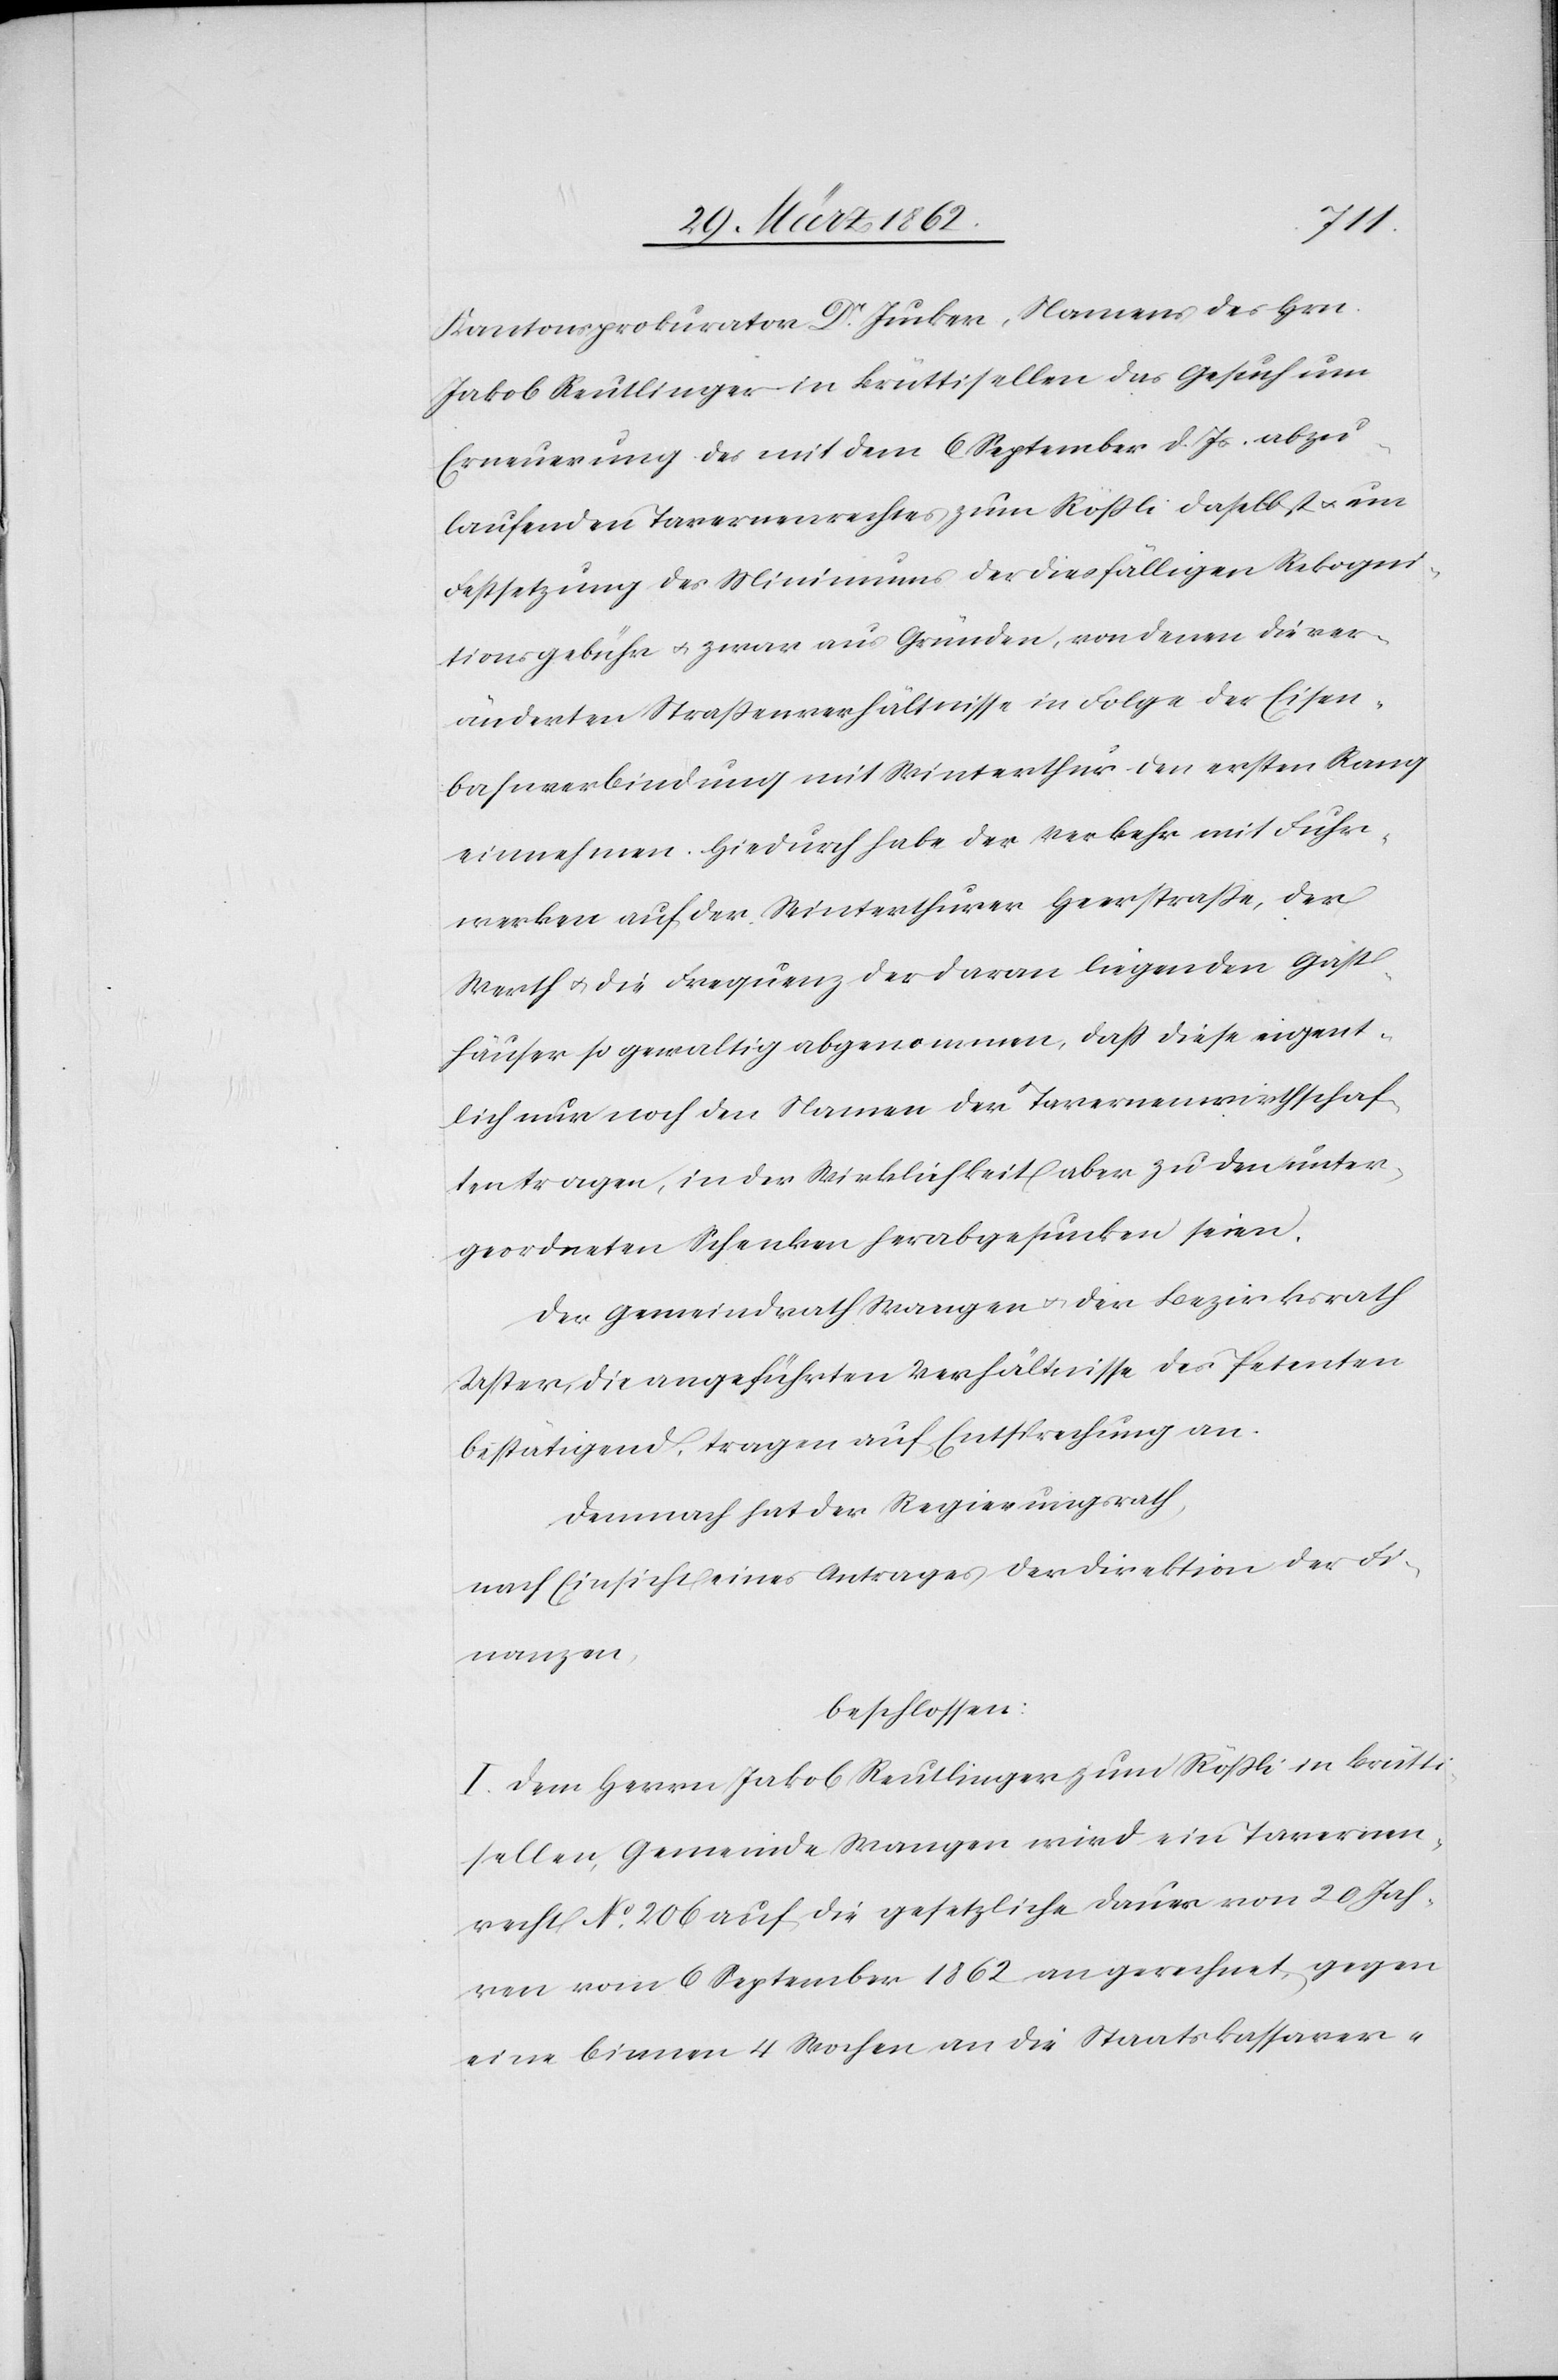
Kantonsprokurator Dr. Jucker, Namens des Hrn.
Jakob Reutlinger in Brüttisellen das Gesuch um
Erneuerung des mit dem 6 September d. Js. abzu¬
laufenden Tavernenrechtes zum Rößli daselbst u. um
Festsetzung des Minimums der diesfälligen Rekogni¬
tionsgebühr u. zwar aus Gründen, von denen die ver¬
änderten Straßenverhältnisse in Folge der Eisen¬
bahnverbindung mit Winterthur den ersten Rang
einnehmen. Hiedurch habe der Verkehr mit Fuhr¬
werken auf der Winterthurer Heerstraße, der
Werth u. die Frequenz der daran liegenden Gast¬
häuser so gewaltig abgenommen, daß diese eigent¬
lich nur noch den Namen der Tavernenwirthschaf¬
ten tragen, in der Wirklichkeit aber zu den unter¬
geordneten Schenken herabgesunken seien.
Der Gemeindrath Wangen u. der Bezirksrath
Uster, die angeführten Verhältnisse des Petenten
bestätigend, tragen auf Entsprechung an.
Demnach hat der Regierungsrath,
nach Einsicht eines Antrages der Direktion der Fi¬
nanzen,
beschlossen:
I. Dem Herrn Jakob Reutlinger zum Rößli in Brütti¬
sellen, Gemeinde Wangen wird ein Tavernen¬
recht No. 206 auf die gesetzliche Dauer von 20 Jah¬
ren vom September 1862 an gerechnet, gegen
eine binnen 4 Wochen an die Staatskassaver-